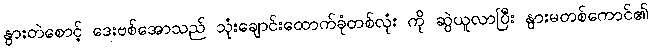
နွားတဲစောင့် ဒေးဗစ်အောသည် သုံးချောင်းထောက်ခုံတစ်လုံး ကို ဆွဲယူလာပြီး နွားမတစ်ကောင်၏